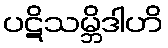
ပဋိသမ္ဘိဒါဟိ